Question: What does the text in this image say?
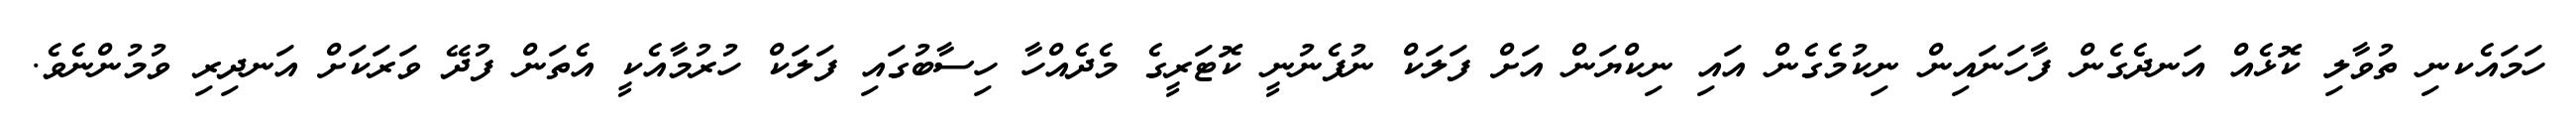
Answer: ހަމައެކނި ތުވާލި ކޮޅެއް އަނދެގެން ފާހަނައިން ނިކުމެގެން އައި ނިކްޔަން އަށް ފަލަކް ނުފެނުނީ ކޮޓަރީގެ މެދެއްހާ ހިސާބުގައި ފަލަކް ހުރުމާއެކީ އެތަން ފުދޭ ވަރަކަށް އަނދިރި ވުމުންނެވެ.